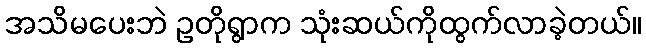
အသိမပေးဘဲ ဥတိုရွာက သုံးဆယ်ကိုထွက်လာခဲ့တယ်။